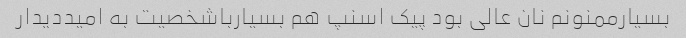
بسیارممنونم نان عالی بود پیک اسنپ هم بسیارباشخصیت به امیددیدار